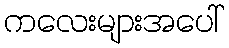
ကလေးများအပေါ်